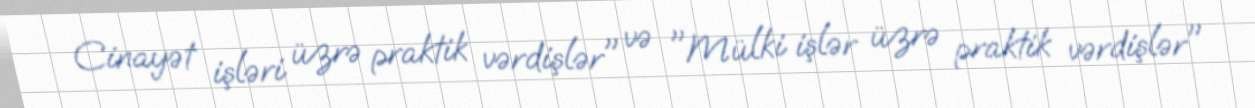
Cinayət işləri üzrə praktik vərdişlər" və "Mülki işlər üzrə praktik vərdişlər"